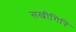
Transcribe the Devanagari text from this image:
सखीगिरि